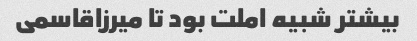
بیشتر شبیه املت بود تا میرزاقاسمی